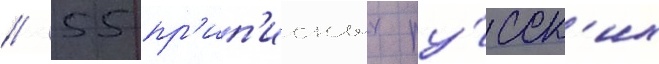
/ 55 пр'ип'исных ру́сск'их